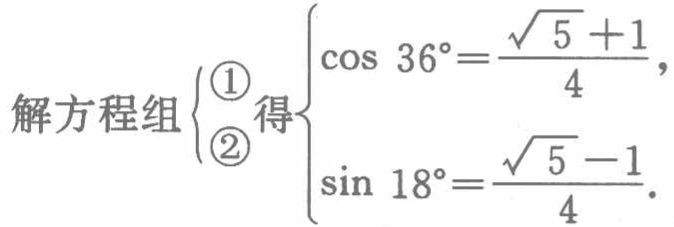
解方程组

\(\begin{cases}

\cos 36^{\circ}=\frac{\sqrt{5} + 1}{4},\\

\sin 18^{\circ}=\frac{\sqrt{5} - 1}{4}

\end{cases}\) 得

\(\begin{cases}

\textcircled{1}\\

\textcircled{2}

\end{cases}\)